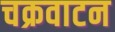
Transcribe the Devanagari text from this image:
चक्रवाटन